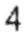
4